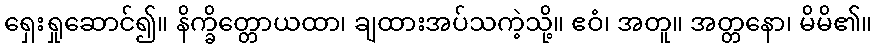
ရှေးရှုဆောင်၍။ နိက္ခိတ္တောယထာ၊ ချထားအပ်သကဲ့သို့။ ဧဝံ၊ အတူ။ အတ္တနော၊ မိမိ၏။